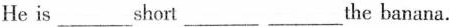
He is___shori___the banana.